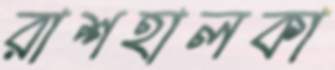
রাশহালকা